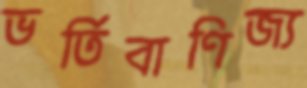
ভর্তিবাণিজ্য